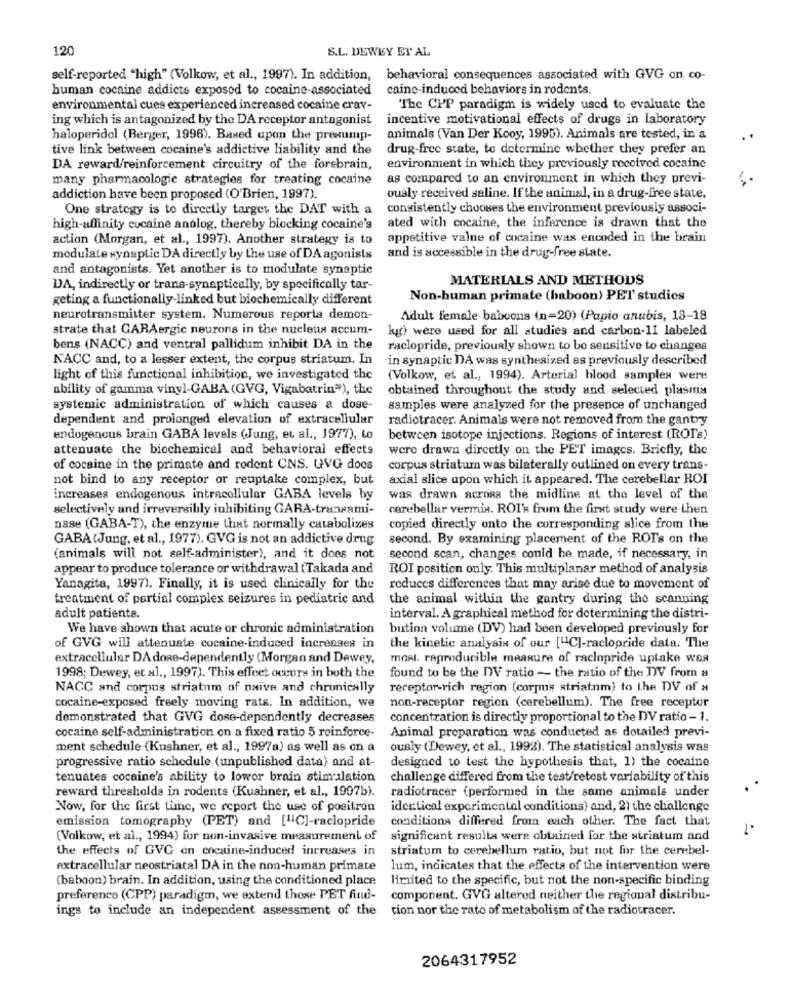
120
S.L. DEWEY EY AL
self-reported "high" (Volkow, et al ., 1997). In addition, behavioral consequences associated with GVG on co-
human cocaine addicts exposed to cocaine-associated
caine-induced behaviors in rodents.
environmental cues experienced increased cocaine crav-
The CPP paradigm is widely used to evaluate the
ing which is antagonized by the DA receptor antagonist
incentive motivational effects of drugs in laboratory
haloperidol (Berger, 1996). Based upon the presump-
animals (Van Der Kooy, 1995). Animals are tested, in a
tive link between cocaine's addictive liability and the
drug-free state, to determine whether they prefer an
DA reward/reinforcement circuitry of the forebrain,
environment in which they previously received cocaine
many pharmacologic strategies for treating cocaine
as compared to an environment in which they previ-
addiction have been proposed (O'Brien, 1997).
ously received saline. If the animal, in a drug-free state,
One strategy is to directly target the DAT with a
consistently chooses the environment previously associ-
ated with cocaine, the inference is drawn that the
high-affinity cocaine analog, thereby blocking cocaine's
action (Morgan, et al ., 1997). Another strategy is to
appetitive valne of cocaine was encoded in the brain
and is accessible in the drug-free state.
modulate synaptic DA directly by the use of DA agonists
and antagonists. Yet another is to modulate synaptic
MATERIALS AND METHODS
DA, indirectly or trans-synaptically, by specifically tar-
geting a functionally-linked but biochemically different
Non-human primate (baboon) PET studies
neurotransmitter system. Numerous reporta demon-
Adult female baboons (n=20) (Papio anubis, 18-18
strate that GARAergic neurons in the nucleus accum-
kg) were used for all studies and carbon-11 labeled
bens (NACC) and ventral pallidum inhibit DA in the
raclopride, previously shown to be sensitive to changes
KACC and, to a lesser extent, the corpus striatum. In
in synaptic DA was synthesized as previously described
light of this functional inhibition, we investigated the
(Volkow, et al ., 1994). Arterial blood samples were
ability of gamma vinyl-GABA (GVG, Vigabatrin"), the
obtained throughout the study and selected plasma
systemic administration of which causes a dose-
samples were analyzed for the presence of unchanged
dependent and prolonged elevation of extracellular
radiotracer. Animals were not removed from the gantry
endogenous brain GABA levels (Jung, et al ., 1977), to
between isotope injections. Regions of interest (ROI's)
attenuate the biochemical and behavioral effects
were drawn directly on the PET images. Briefly, the
of cocaine in the primate and rodent CNS. GVG docs
corpus striatum was bilaterally outlined on every trans-
not bind to any receptor or reuptake complex, but
axial slice upon which it appeared. The cerebellar ROI
increases endogenous intracellular GABA levels by
was drawn across the midline at the level of the
selectively and irreversibly inhibiting GARA-transami-
cerebellar vermis. ROI's frum the first study were then
nase (GABA-T), the enzyme that normally catabolizes
copied directly onto the corresponding slice from the
GABA(Jung, et al ., 1977). GVG is not an addictive drug
second. By examining placement of the ROI's on the
(animals will not self-administer), and it does not
second scan, changes could be made, if necessary, in
appear to produce tolerance or withdrawal (Takada and
ROI position only. This multiplanar method of analysis
Yanagita, 1997). Finally, it is used clinically for the
reduces differences that may arise due to movement of
treatment of partial complex seizures in pediatric and
the animal within the gantry during the scanning
adult patients.
interval. A graphical method for determining the distri-
We have shown that acute or chronic administration
bution volume (DV) had been developed previously for
of GVG will attenuate cocaine-induced increases in
the kinetic analysis of our ["1C]-raclopride data. The
extracellular DA dose-dependently (Morgan and Dewey,
mosl. rapreducible measure of raclopride uptake was
1998; Dewey, et al ., 1997). This effect occurs in both the
found to be the DV ratio - the ratio of the DV from a
NACC and corpus striatum of naïve and chronically
receptor-rich region (corpus striatum) to the DV of a
non-receptor region (cerebellum). The free receptor
cocaine-exposed freely moving rats. In addition, we
demonstrated that GVG dose-dependently decreases
concentration is directly proportional to the DV ratio - 1.
Animal preparation was conducted as dotailed previ-
cocaine self-administration on a fixed ratio 5 reinforce-
ment schedule (Kushner, et al ., 1997a) as well as on a
ously (Dewey, et al ., 1992). The statistical analysis was
progressive ratio schedule (unpublished data) and at-
designed to test the hypothesis that, 1) the cocaine
tenuates cocaine's ability to lower brain stimulation
challenge differed from the test/retest variability of this
reward thresholds in rodents (Kushner, et al ., 1997b).
radiotracer (performed in the same animals under
Now, for the first time, we report the use of positron identical experimental conditions) and, 2) the challenge
emission tomography (PET) and [11C]-raclopride
conditiona differed from each other. The fact that
(Volkow, et al ., 1994) for non-invasive measurement of
significant results were obtained for the striatum and
the effects of GVG on cocaine-induced increases in
striatum to cerebellum ratio, but not for the cerebel-
extracellular neostriatal DA in the non-human primate
lum, indicates that the effects of the intervention were
(baboon) brain. In addition, using the conditioned place
limited to the specific, but not the non-specific binding
preferenco (CPP) paradigm, we extend those PET find-
component. GVG altered neither the regional distribu-
ings to include an independent assessment of the tion nor the rato of metabolism of the radiotracer.
2064317952